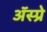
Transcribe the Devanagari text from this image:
ॲस्प्रे